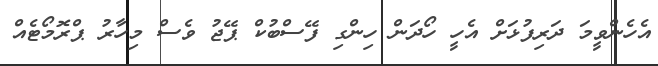
އެހެންވީމަ ދަރިފުޅަށް އެހީ ހޯދަން ހިންގި ފޭސްބުކް ޕޭޖު ވެސް މިހާރު ޕްރޮމޯޓެއް